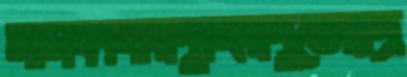
মাসকাবারপুঙ্গিরপুতেরাপ্র